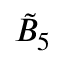
{ \tilde { B } } _ { 5 }